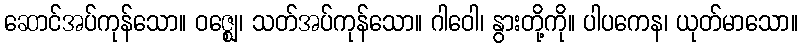
ဆောင်အပ်ကုန်သော။ ဝဇ္ဈေ၊ သတ်အပ်ကုန်သော။ ဂါဝေါ၊ နွားတို့ကို။ ပါပကေန၊ ယုတ်မာသော။